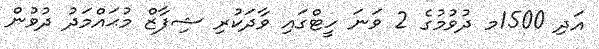
އަދި 1500މ ދުވުމުގެ 2 ވަނަ ހީޓްގައި ވާދަކުރި ޝިފާޒް މުޙައްމަދު ދުވުން